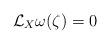
LaTeX: \begin{align*} \mathcal{L}_X \omega(\zeta) = 0\end{align*}